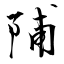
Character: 陠